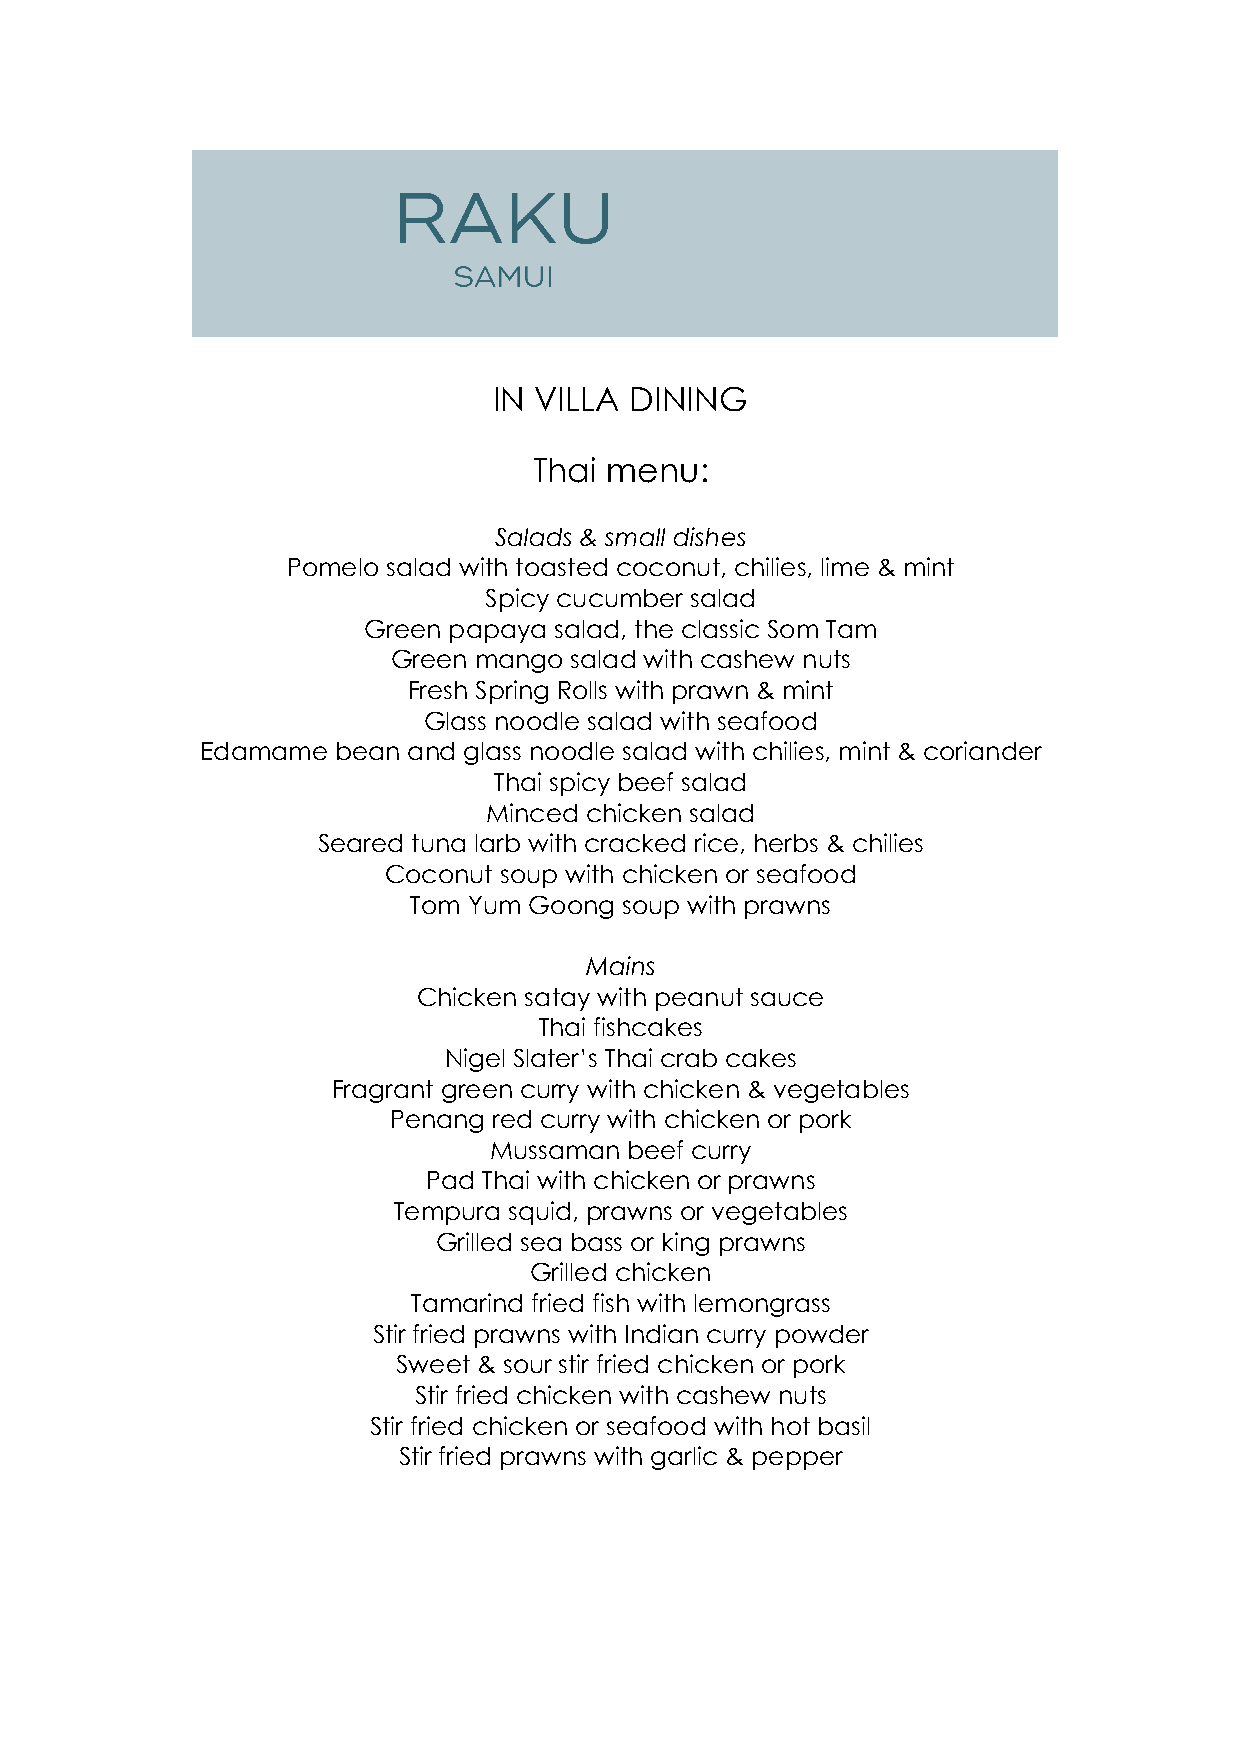
IN VILLA DINING
 Thai menu:
 Salads & small dishes
 Pomelo salad with toasted coconut, chilies, lime & mint
 Spicy cucumber salad
 Green papaya salad, the classic Som Tam
 Green mango salad with cashew nuts
 Fresh Spring Rolls with prawn & mint
 Glass noodle salad with seafood
 Edamame  bean and glass noodle salad with chilies, mint & coriander
 Thai spicy beef salad
 Minced chicken salad
 Seared tuna larb with cracked rice, herbs & chilies
 Coconut soup with chicken or seafood
 Tom Yum Goong soup with prawns
 Mains
 Chicken satay with peanut sauce
 Thai fishcakes
 Nigel Slater’s Thai crab cakes
 Fragrant green curry with chicken & vegetables
 Penang red curry with chicken or pork
 Mussaman  beef curry
 Pad Thai with chicken or prawns
 Tempura squid, prawns or vegetables
 Grilled sea bass or king prawns
 Grilled chicken
 Tamarind fried fish with lemongrass
 Stir fried prawns with Indian curry powder
 Sweet & sour stir fried chicken or pork
 Stir fried chicken with cashew nuts
 Stir fried chicken or seafood with hot basil
 Stir fried prawns with garlic & pepper